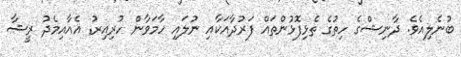
ބުނެލިއެވެ. ދާނިޝްގެ ހިތުގެ ތެޅިފޮޅުންތައް ފަރުދާއަކާއި ނުލައި ހާމަވާން ހުރިއިރު